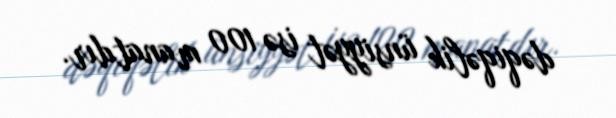
dəqiqəlik ünsiyyət isə 100 manatdır.